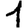
Digit: 1